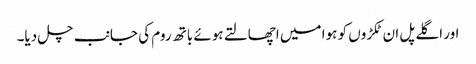
اور اگلے پل ان ٹکڑوں کو ہوا میں اچھالتے ہوئے باتھ روم کی جانب چل دیا۔